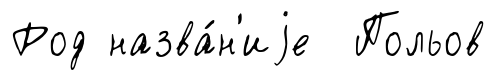
Род назва́н'иjе Польов